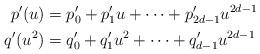
LaTeX: \begin{align*}p'(u)&=p'_0+p'_1u+\dots+p'_{2d-1}u^{2d-1}\\q'(u^2)&=q'_0+q'_1u^2+\dots+q'_{d-1}u^{2d-1}\end{align*}